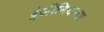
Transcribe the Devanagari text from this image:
इंजींनियरचा